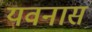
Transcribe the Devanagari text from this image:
यवनास